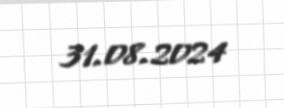
31.08.2024